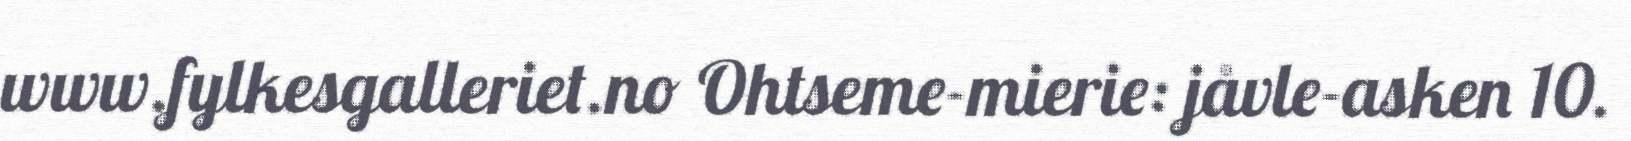
www.fylkesgalleriet.no Ohtseme-mierie: jåvle-asken 10.